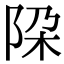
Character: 𨹃